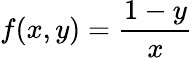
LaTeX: f(x,y)={\frac{1-y}{x}}